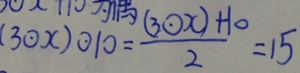
( 3 \textcircled { \cdot } x ) \textcircled { \cdot } 1 0 = \frac { ( 3 \textcircled { \cdot } x ) + 1 0 } { 2 } = 1 5